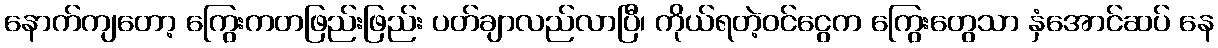
နောက်ကျတော့ ကြွေးကတဖြည်းဖြည်း ပတ်ချာလည်လာပြီ၊ ကိုယ်ရတဲ့ဝင်ငွေက ကြွေးတွေသာ နှံအောင်ဆပ် နေ